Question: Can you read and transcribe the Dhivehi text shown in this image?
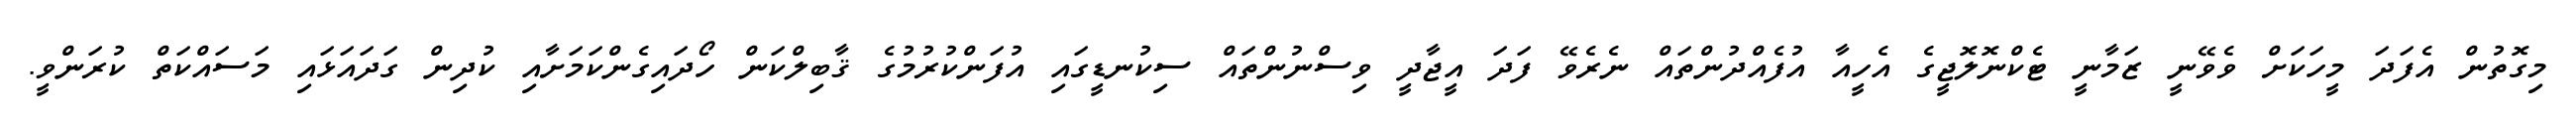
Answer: މިގޮތުން އެފަދަ މީހަކަށް ވެވޭނީ ޒަމާނީ ޓެކްނޮލޮޖީގެ އެހީއާ އުފެއްދުންތައް ނެރެވޭ ފަދަ އީޖާދީ ވިސްނުންތައް ސިކުނޑީގައި އުފަންކުރުމުގެ ޤާބިލްކަން ހޯދައިގެންކަމަށާއި ކުދިން ގަދައަޅައި މަސައްކަތް ކުރަންވީ.